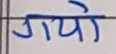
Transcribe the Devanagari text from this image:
गये